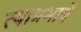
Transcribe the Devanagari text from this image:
त्याप्रभाणें